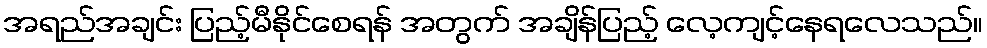
အရည်အချင်း ပြည့်မီနိုင်စေရန် အတွက် အချိန်ပြည့် လေ့ကျင့်နေရလေသည်။